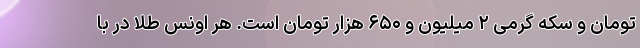
تومان و سکه گرمی ۲ میلیون و ۶۵۰ هزار تومان است. هر اونس طلا در با